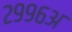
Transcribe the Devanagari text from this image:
२९९६अ